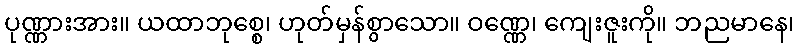
ပုဏ္ဏားအား။ ယထာဘုစ္စေ၊ ဟုတ်မှန်စွာသော။ ဝဏ္ဏေ၊ ကျေးဇူးကို။ ဘညမာနေ၊